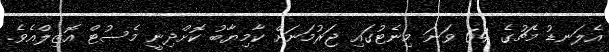
އެލަނޑު މެޗުގެ 64 ވަނަ މިނެޓުގައި ޖަރުމަނަށް ކާމިޔާބު ކޮށްދިނީ މެސުޓް އޮޒިލްއެވެ.